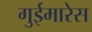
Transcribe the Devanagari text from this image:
गुईमारेस